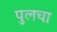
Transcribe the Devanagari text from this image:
पुलचा